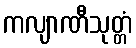
ကလျာဏီသုတ္တံ